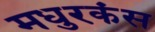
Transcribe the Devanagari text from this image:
मधुरकंस